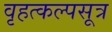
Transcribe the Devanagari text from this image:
वृहत्कल्पसूत्र